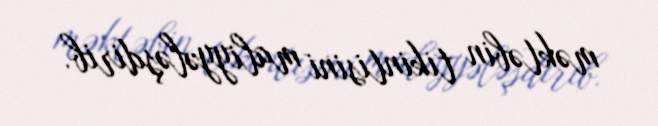
məktəbin tikintisini maliyyələşdirib.